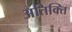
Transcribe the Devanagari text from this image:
अतिक्ति